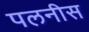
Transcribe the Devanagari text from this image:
पलनीस